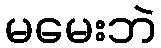
မမေးဘဲ